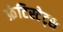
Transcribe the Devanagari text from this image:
फ्रंटिस्टेट्स